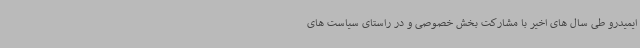
ایمیدرو طی سال های اخیر با مشارکت بخش خصوصی و در راستای سیاست های